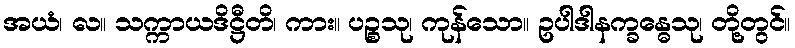
အယံ၊ လ။ သက္ကာယဒိဋ္ဌီတိ၊ ကား။ ပဉ္စသု၊ ကုန်သော။ ဥပါဒါနက္ခန္ဓေသု၊ တို့တွင်။